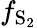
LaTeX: f_{\mathrm{S_{2}}}